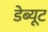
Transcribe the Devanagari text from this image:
डेब्यूट